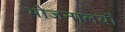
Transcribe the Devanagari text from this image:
भोजनालयौ